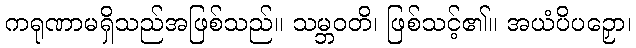
ကရုဏာမရှိသည်အဖြစ်သည်။ သမ္ဘဝတိ၊ ဖြစ်သင့်၏။ အယံပိပဉှော၊